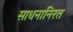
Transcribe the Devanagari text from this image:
साधनानिरत